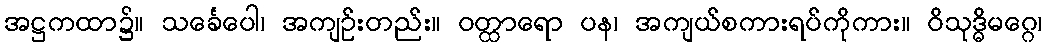
အဋ္ဌကထာ၌။ သင်္ခေပေါ၊ အကျဉ်းတည်း။ ဝတ္ထာရော ပန၊ အကျယ်စကားရပ်ကိုကား။ ဝိသုဒ္ဓိမဂ္ဂေ၊